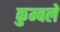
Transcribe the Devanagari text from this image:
कुम्बले